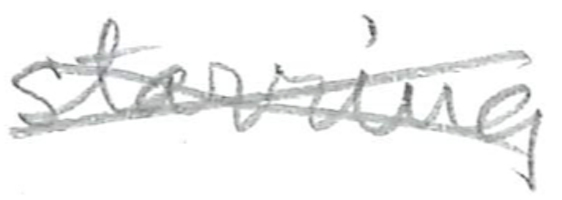
Text: starring
Cross-out: cross
Writing tool: pencil